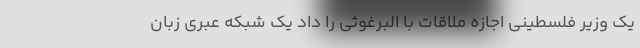
یک وزیر فلسطینی اجازه ملاقات با البرغوثی را داد یک شبکه عبری زبان